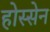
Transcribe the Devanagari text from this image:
होस्सेन